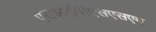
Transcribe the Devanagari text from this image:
एसआईवीएसएसएम